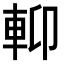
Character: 𨋕